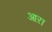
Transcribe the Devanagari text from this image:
आऱा